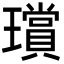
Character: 𤪸